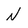
Character: N